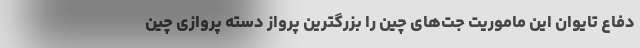
دفاع تایوان این ماموریت جت‌های چین را بزرگترین پرواز دسته پروازی چین